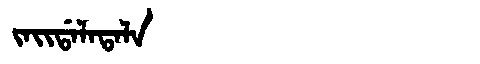
Manchu: ᠵᠠᡳᡩᠠᠯᠠᡨᠠᠯᠠ
Romanization: JAIDALATALA